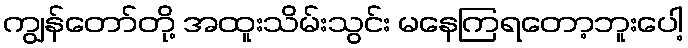
ကျွန်တော်တို့ အထူးသိမ်းသွင်း မနေကြရတော့ဘူးပေါ့